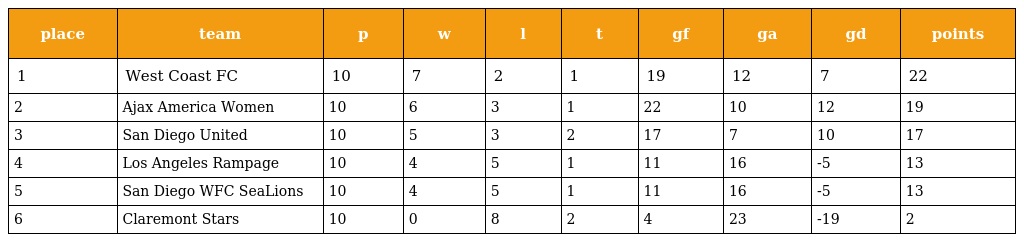
| place | team | p | w | l | t | gf | ga | gd | points |
 | --- | --- | --- | --- | --- | --- | --- | --- | --- | --- |
 | 1 | West Coast FC | 10 | 7 | 2 | 1 | 19 | 12 | 7 | 22 |
 | 2 | Ajax America Women | 10 | 6 | 3 | 1 | 22 | 10 | 12 | 19 |
 | 3 | San Diego United | 10 | 5 | 3 | 2 | 17 | 7 | 10 | 17 |
 | 4 | Los Angeles Rampage | 10 | 4 | 5 | 1 | 11 | 16 | -5 | 13 |
 | 5 | San Diego WFC SeaLions | 10 | 4 | 5 | 1 | 11 | 16 | -5 | 13 |
 | 6 | Claremont Stars | 10 | 0 | 8 | 2 | 4 | 23 | -19 | 2 |